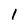
Character: 1